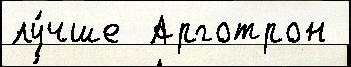
лу́чше  Арготрон